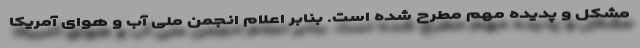
مشکل و پدیده مهم مطرح شده است. بنابر اعلام انجمن ملی آب و هوای آمریکا